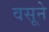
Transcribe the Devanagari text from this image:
वसूने